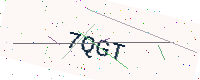
Text: 7QGT